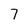
Character: 7